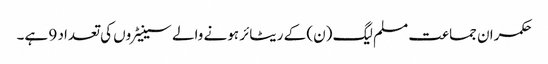
حکمران جماعت مسلم لیگ (ن) کے ریٹائر ہونے والے سینیٹروں کی تعداد 9 ہے۔